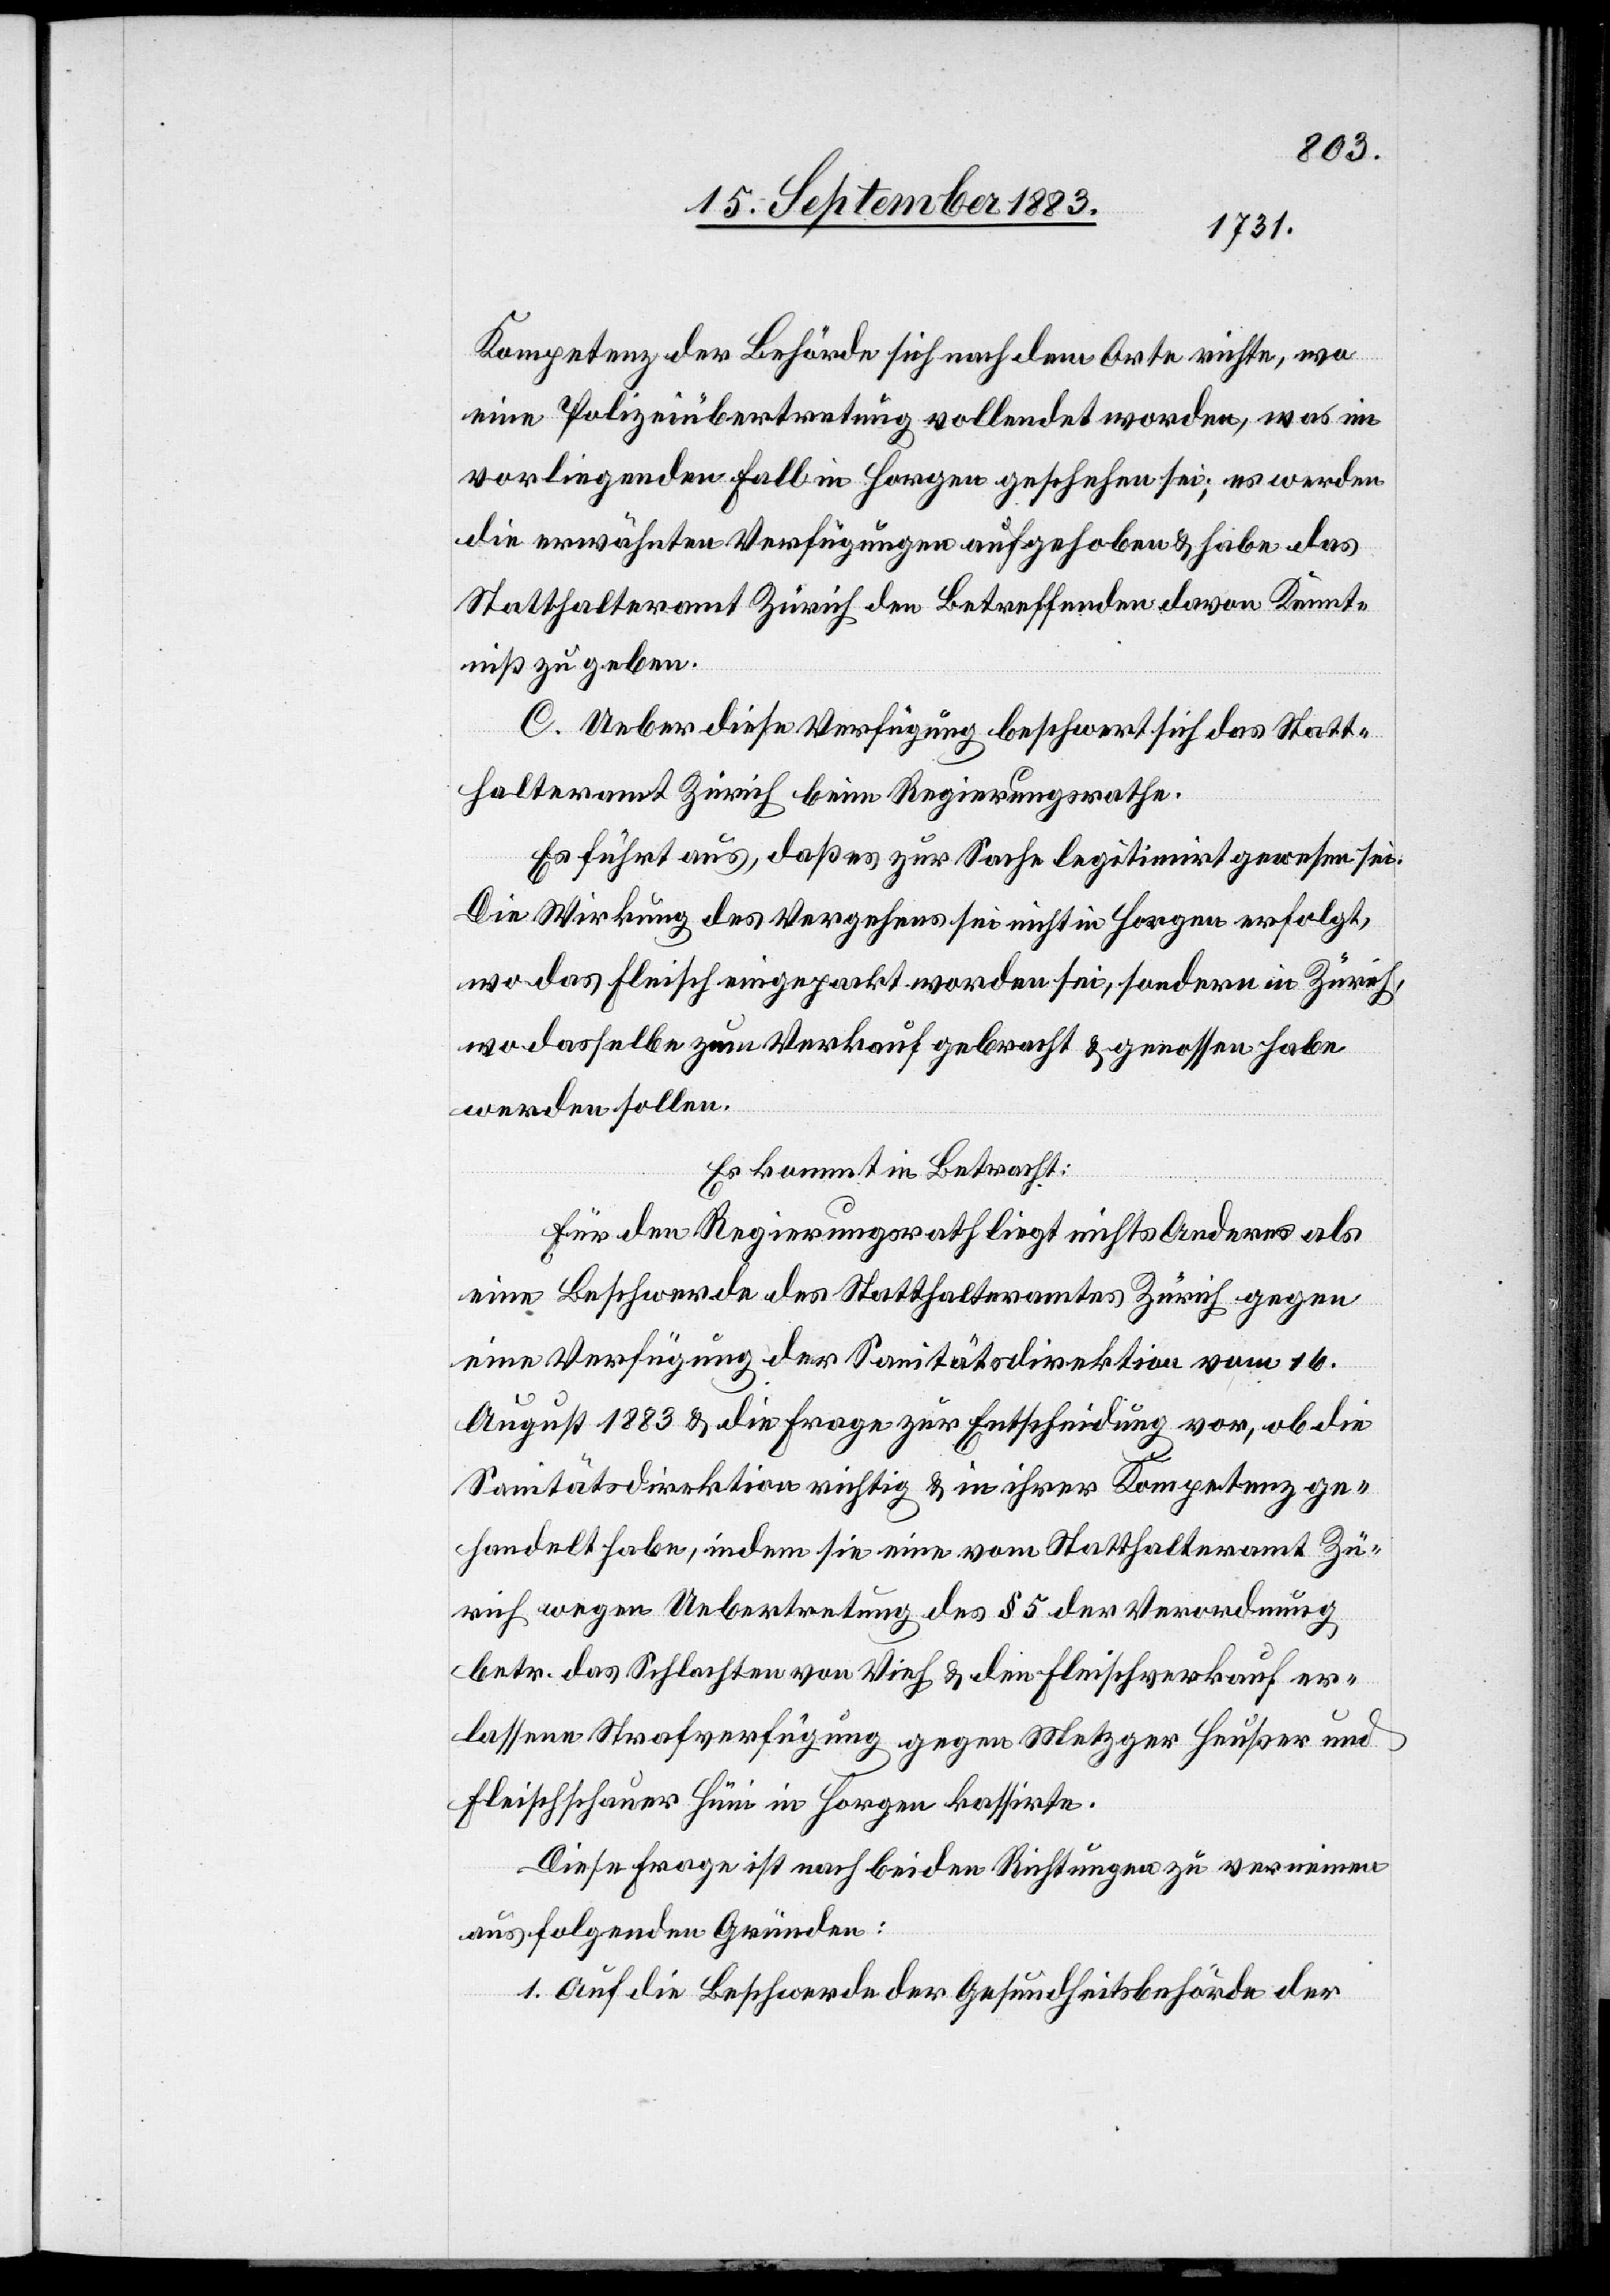
Kompetenz der Behörde sich nach dem Orte richte, wo
eine Polizeiübertretung vollendet worden, was im
vorliegenden Fall in Horgen geschehen sei; es werden
die erwähnten Verfügungen aufgehoben & habe das
Statthalteramt Zürich den Betreffenden davon Kennt¬
niß zu geben.
C. Ueber diese Verfügung beschwert sich das Statt¬
halteramt Zürich beim Regierungsrathe.
Es führt aus, daß es zur Sache legitimirt gewesen sei.
Die Wirkung des Vergehens sei nicht in Horgen erfolgt,
wo das Fleisch eingepackt worden sei, sondern in Zürich,
wo dasselbe zum Verkauf gebracht & genossen habe
werden sollen.
Es kommt in Betracht:
Für den Regierungsrath liegt nichts Anderes als
eine Beschwerde des Statthalteramtes Zürich gegen
eine Verfügung der Sanitätsdirektion vom 16.
August 1883 & die Frage zur Entscheidung vor, ob die
Sanitätsdirektion richtig & in ihrer Kompetenz ge¬
handelt habe, indem sie eine vom Statthalteramt Zü¬
rich wegen Uebertretung des § 5 der Verordnung
betr. das Schlachten von Vieh & den Fleischverkauf er¬
lassene Strafverfügung gegen Metzger Heußer und
Fleischschauer Hüni in Horgen kassirte.
Diese Frage ist nach beiden Richtungen zu verneinen
aus folgenden Gründen:
1. Auf die Beschwerde der Gesundheitsbehörde der